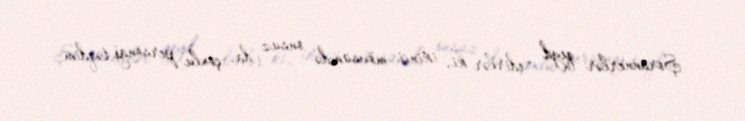
Şorannerlər qeyd edirlər ki, ikinci mövsümdə onsuz da, çoxlu personaj təqdim